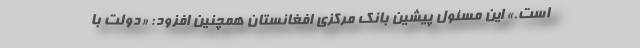
است.» این مسئول پیشین بانک مرکزی افغانستان همچنین افزود: «دولت با